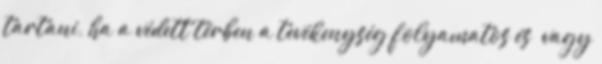
tartani, ha a védett térben a tevékenység folyamatos és vagy